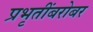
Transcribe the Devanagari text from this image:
प्रभृतींबरोबर